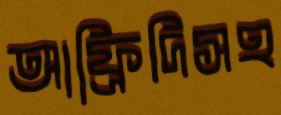
আফ্রিদিসহ